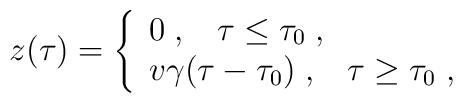
z(\tau)=\left\{\begin{array}{l}0 \; , \;\;\; \tau\leq \tau_0 \; , \\v\gamma(\tau -\tau_0) \; , \;\;\; \tau\geq \tau_0 \; , \end{array}\right.